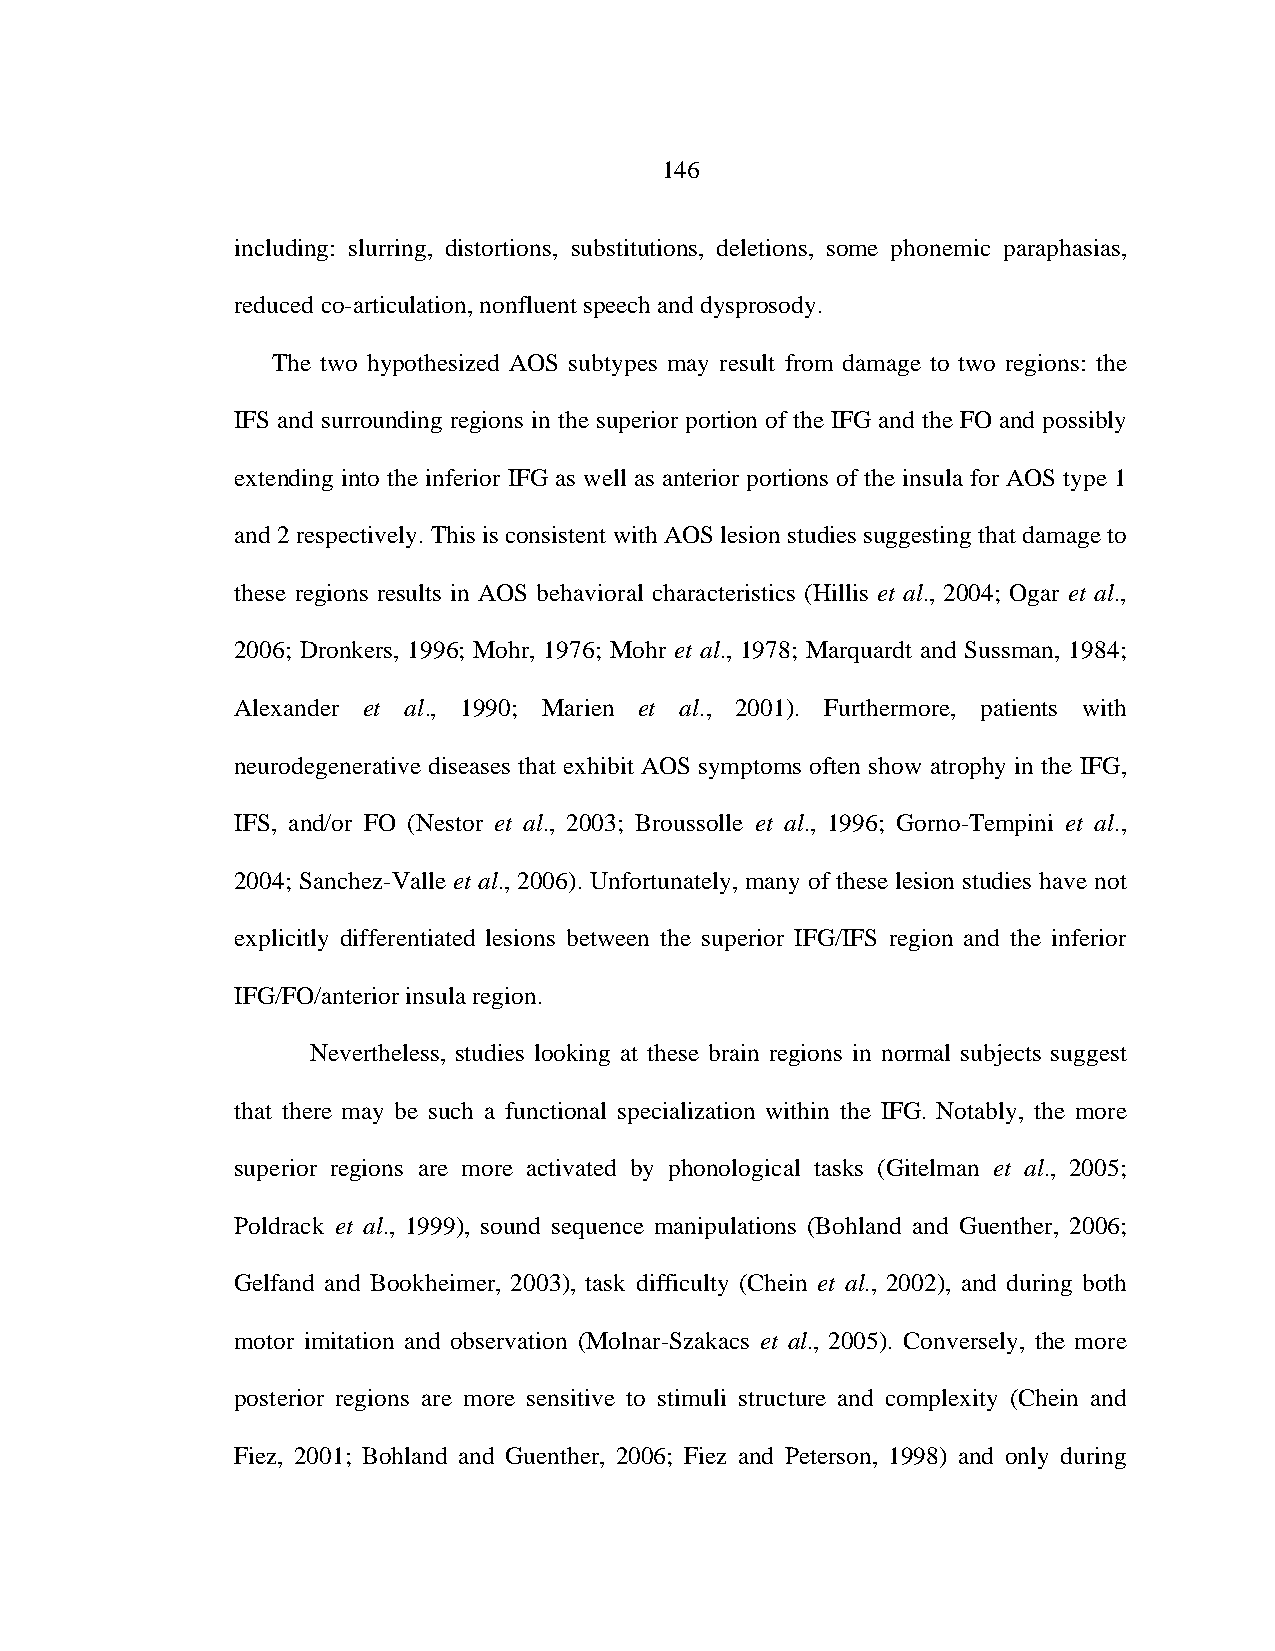
146
 including: slurring, distortions, substitutions, deletions, some phonemic paraphasias,
 reduced co-articulation, nonfluent speech and dysprosody.
 The two hypothesized AOS subtypes may result from damage to two regions: the
 IFS and surrounding regions in the superior portion of the IFG and the FO and possibly
 extending into the inferior IFG as well as anterior portions of the insula for AOS type 1
 and 2 respectively. This is consistent with AOS lesion studies suggesting that damage to
 these regions results in AOS behavioral characteristics (Hillis et al., 2004; Ogar et al.,
 2006; Dronkers, 1996; Mohr, 1976; Mohr et al., 1978; Marquardt and Sussman, 1984;
 Alexander et al., 1990; Marien et al., 2001). Furthermore, patients with
 neurodegenerative diseases that exhibit AOS symptoms often show atrophy in the IFG,
 IFS, and/or FO (Nestor et al., 2003; Broussolle et al., 1996; Gorno-Tempini et al.,
 2004; Sanchez-Valle et al., 2006). Unfortunately, many of these lesion studies have not
 explicitly differentiated lesions between the superior IFG/IFS region and the inferior
 IFG/FO/anterior insula region.
 Nevertheless, studies looking at these brain regions in normal subjects suggest
 that there may be such a functional specialization within the IFG. Notably, the more
 superior regions are more activated by phonological tasks (Gitelman et al., 2005;
 Poldrack et al., 1999), sound sequence manipulations (Bohland and Guenther, 2006;
 Gelfand and Bookheimer, 2003), task difficulty (Chein et al., 2002), and during both
 motor imitation and observation (Molnar-Szakacs et al., 2005). Conversely, the more
 posterior regions are more sensitive to stimuli structure and complexity (Chein and
 Fiez, 2001; Bohland and Guenther, 2006; Fiez and Peterson, 1998) and only during